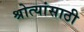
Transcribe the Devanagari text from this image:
श्रोत्यांसाठी